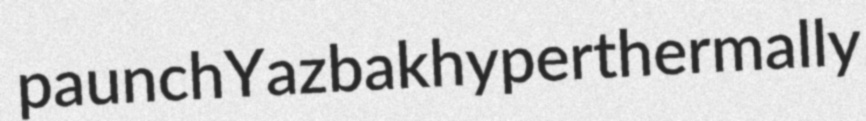
paunch Yazbak hyperthermally